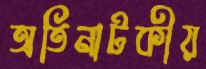
অতিনাটকীয়